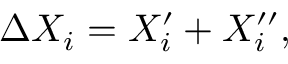
\Delta X _ { i } = X _ { i } ^ { \prime } + X _ { i } ^ { \prime \prime } ,